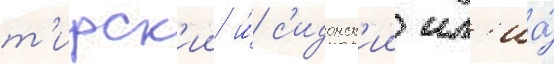
т'ирск'ии и́ с'идонск'ии ил'иа́